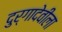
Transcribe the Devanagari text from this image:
दुर्गादेवीला